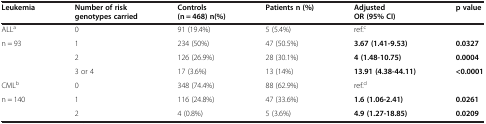
| Leukemia | Number of risk genotypes carried | Controls (n = 468) n(%) | Patients n (%) | Adjusted OR (95% CI) | p value |
 | --- | --- | --- | --- | --- | --- |
 | ALLa | 0 | 91 (19.4%) | 5 (5.4%) | ref.c |  |
 | n = 93 | 1 | 234 (50%) | 47 (50.5%) | 3.67 (1.41-9.53) | 0.0327 |
 |  | 2 | 126 (26.9%) | 28 (30.1%) | 4 (1.48-10.75) | 0.0004 |
 |  | 3 or 4 | 17 (3.6%) | 13 (14%) | 13.91 (4.38-44.11) | <0.0001 |
 | CMLb | 0 | 348 (74.4%) | 88 (62.9%) | ref.d |  |
 | n = 140 | 1 | 116 (24.8%) | 47 (33.6%) | 1.6 (1.06-2.41) | 0.0261 |
 |  | 2 | 4 (0.8%) | 5 (3.6%) | 4.9 (1.27-18.85) | 0.0209 |